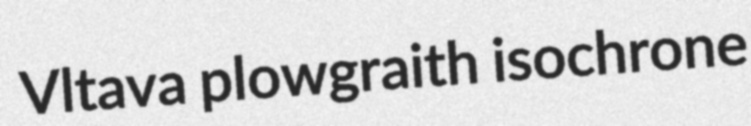
Vltava plowgraith isochrone